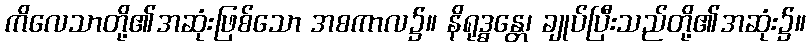
ကိလေသာတို့၏အဆုံးဖြစ်သော အစကာလ၌။ နိရုဒ္ဓန္တေ၊ ချုပ်ပြီးသည်တို့၏အဆုံး၌။